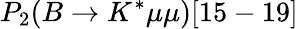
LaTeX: P_{2}(B\to K^{*}\mu\mu)[15-19]